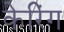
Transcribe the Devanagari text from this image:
केरिंग